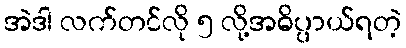
အဲဒါ လက်တင်လို ၅ လို့အဓိပ္ပာယ်ရတဲ့